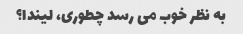
به نظر خوب می رسد چطوری، لیندا؟